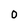
Character: 0